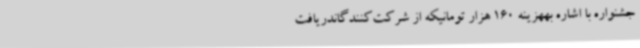
جشنواره با اشاره بههزینه 160 هزار تومانیکه از شرکت‌کنندگاندریافت